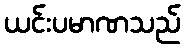
ယင်းပမာဏသည်